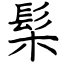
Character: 髤